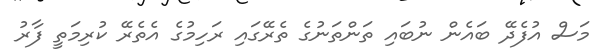
މަސް އުފެދޭ ބައެން ނުބައި ތަންތަނުގެ ތެރޭގައި ރަހިމުގެ އެތެރޭ ކުރިމަތީ ފާރު